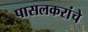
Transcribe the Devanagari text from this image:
पासलकरांचे